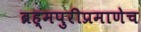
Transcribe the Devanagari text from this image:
ब्रह्मपुरीप्रमाणेच